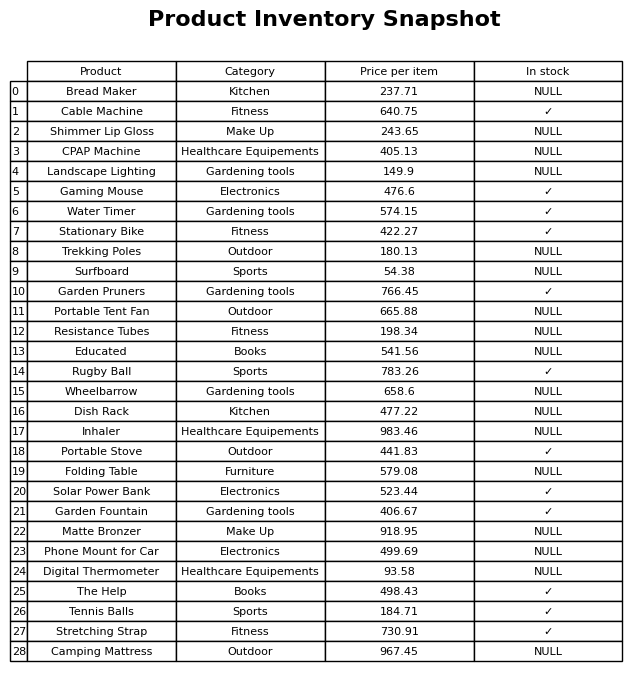
question: What is the price of the Tennis Balls?
answer: The price of Tennis Balls is 184.71.